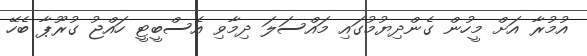
އުމުރާ އަށް މީހުން ގެންދިޔުމުގައި މައްސަލަ ދިމާވި އެސްބީޓީ ހައްޖު ގުރޫޕާ ބެހޭ